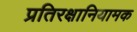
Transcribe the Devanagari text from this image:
प्रतिरक्षानियामक